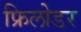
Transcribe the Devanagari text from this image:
फ्रिलोडर